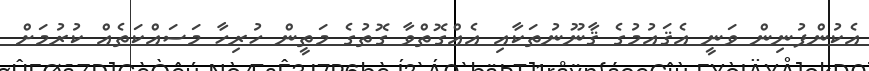
އެކުންފުނިން ވަނީ އެޤައުމުގެ ޤާނޫނުތަކާއި އެއްގޮތްވާ ގޮތުގެ މަތީން ހުރިހާ މަސައްކަތެއް ކުރުމަށް